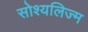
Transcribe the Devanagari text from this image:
सोश्यलिज्म